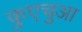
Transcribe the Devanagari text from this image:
कुएचुआ